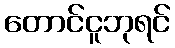
တောင်ငူဘုရင်